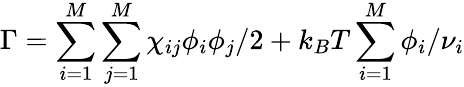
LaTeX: \Gamma=\sum_{i=1}^{M}\sum_{j=1}^{M}\chi_{ij}\phi_{i}\phi_{j}/2+k_{B}T\sum_{i=1}^{M}\phi_{i}/\nu_{i}